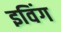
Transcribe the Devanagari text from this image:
इविंग